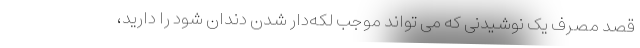
قصد مصرف یک نوشیدنی که می تواند موجب لکه‌دار شدن دندان شود را دارید،